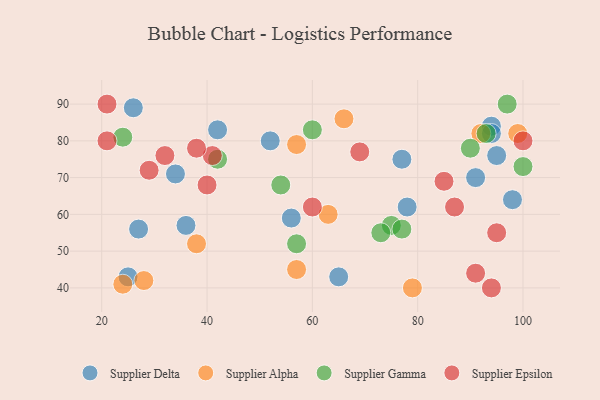
{"axis": {"x": "GDP", "y": "Life Expectancy"}, "legend": ["Supplier Alpha", "Supplier Delta", "Supplier Epsilon", "Supplier Gamma"], "data": [{"x": "91", "y": 70, "type": "Supplier Delta"}, {"x": "77", "y": 75, "type": "Supplier Delta"}, {"x": "94", "y": 84, "type": "Supplier Delta"}, {"x": "27", "y": 56, "type": "Supplier Delta"}, {"x": "98", "y": 64, "type": "Supplier Delta"}, {"x": "52", "y": 80, "type": "Supplier Delta"}, {"x": "78", "y": 62, "type": "Supplier Delta"}, {"x": "94", "y": 82, "type": "Supplier Delta"}, {"x": "26", "y": 89, "type": "Supplier Delta"}, {"x": "95", "y": 76, "type": "Supplier Delta"}, {"x": "56", "y": 59, "type": "Supplier Delta"}, {"x": "65", "y": 43, "type": "Supplier Delta"}, {"x": "42", "y": 83, "type": "Supplier Delta"}, {"x": "25", "y": 43, "type": "Supplier Delta"}, {"x": "34", "y": 71, "type": "Supplier Delta"}, {"x": "36", "y": 57, "type": "Supplier Delta"}, {"x": "57", "y": 79, "type": "Supplier Alpha"}, {"x": "28", "y": 42, "type": "Supplier Alpha"}, {"x": "99", "y": 82, "type": "Supplier Alpha"}, {"x": "24", "y": 41, "type": "Supplier Alpha"}, {"x": "38", "y": 52, "type": "Supplier Alpha"}, {"x": "79", "y": 40, "type": "Supplier Alpha"}, {"x": "57", "y": 45, "type": "Supplier Alpha"}, {"x": "92", "y": 82, "type": "Supplier Alpha"}, {"x": "63", "y": 60, "type": "Supplier Alpha"}, {"x": "66", "y": 86, "type": "Supplier Alpha"}, {"x": "42", "y": 75, "type": "Supplier Gamma"}, {"x": "57", "y": 52, "type": "Supplier Gamma"}, {"x": "60", "y": 83, "type": "Supplier Gamma"}, {"x": "75", "y": 57, "type": "Supplier Gamma"}, {"x": "54", "y": 68, "type": "Supplier Gamma"}, {"x": "100", "y": 73, "type": "Supplier Gamma"}, {"x": "97", "y": 90, "type": "Supplier Gamma"}, {"x": "77", "y": 56, "type": "Supplier Gamma"}, {"x": "24", "y": 81, "type": "Supplier Gamma"}, {"x": "90", "y": 78, "type": "Supplier Gamma"}, {"x": "93", "y": 82, "type": "Supplier Gamma"}, {"x": "73", "y": 55, "type": "Supplier Gamma"}, {"x": "21", "y": 80, "type": "Supplier Epsilon"}, {"x": "41", "y": 76, "type": "Supplier Epsilon"}, {"x": "69", "y": 77, "type": "Supplier Epsilon"}, {"x": "91", "y": 44, "type": "Supplier Epsilon"}, {"x": "60", "y": 62, "type": "Supplier Epsilon"}, {"x": "85", "y": 69, "type": "Supplier Epsilon"}, {"x": "95", "y": 55, "type": "Supplier Epsilon"}, {"x": "32", "y": 76, "type": "Supplier Epsilon"}, {"x": "38", "y": 78, "type": "Supplier Epsilon"}, {"x": "29", "y": 72, "type": "Supplier Epsilon"}, {"x": "21", "y": 90, "type": "Supplier Epsilon"}, {"x": "100", "y": 80, "type": "Supplier Epsilon"}, {"x": "94", "y": 40, "type": "Supplier Epsilon"}, {"x": "40", "y": 68, "type": "Supplier Epsilon"}, {"x": "87", "y": 62, "type": "Supplier Epsilon"}]}